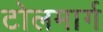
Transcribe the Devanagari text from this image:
टोलमार्ग